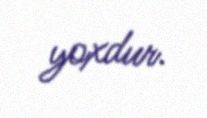
yoxdur.